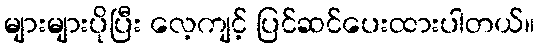
များများပိုပြီး လေ့ကျင့် ပြင်ဆင်ပေးထားပါတယ်။